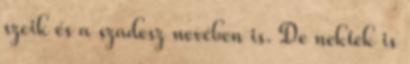
szcik és a szadesz nevében is. De nektek is